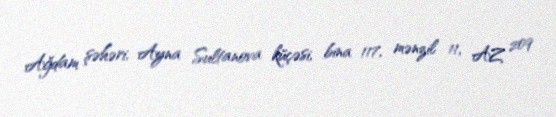
Ağdam şəhəri, Ayna Sultanova küçəsi, bina 117, mənzil 11, AZ 209